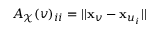
A _ { \mathcal { X } } ( v ) _ { i i } = | | \mathbf { x } _ { v } - \mathbf { x } _ { u _ { i } } | |